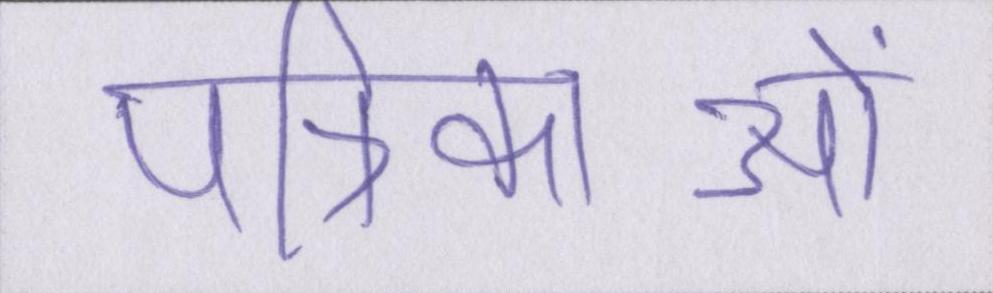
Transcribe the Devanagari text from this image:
पत्रिकाओं